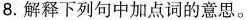
8.解释下列句中加点词的意思。